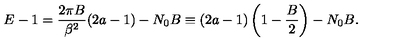
E - 1 = \frac { 2 \pi B } { \beta ^ { 2 } } ( 2 a - 1 ) - N _ { 0 } B \equiv ( 2 a - 1 ) \left( 1 - \frac { B } { 2 } \right) - N _ { 0 } B .